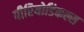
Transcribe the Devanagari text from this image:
पीरियोडिकल्स